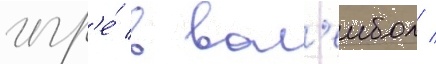
игр'е́ в вол'еибол /